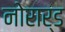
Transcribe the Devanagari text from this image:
नोरार्ड